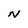
Character: N